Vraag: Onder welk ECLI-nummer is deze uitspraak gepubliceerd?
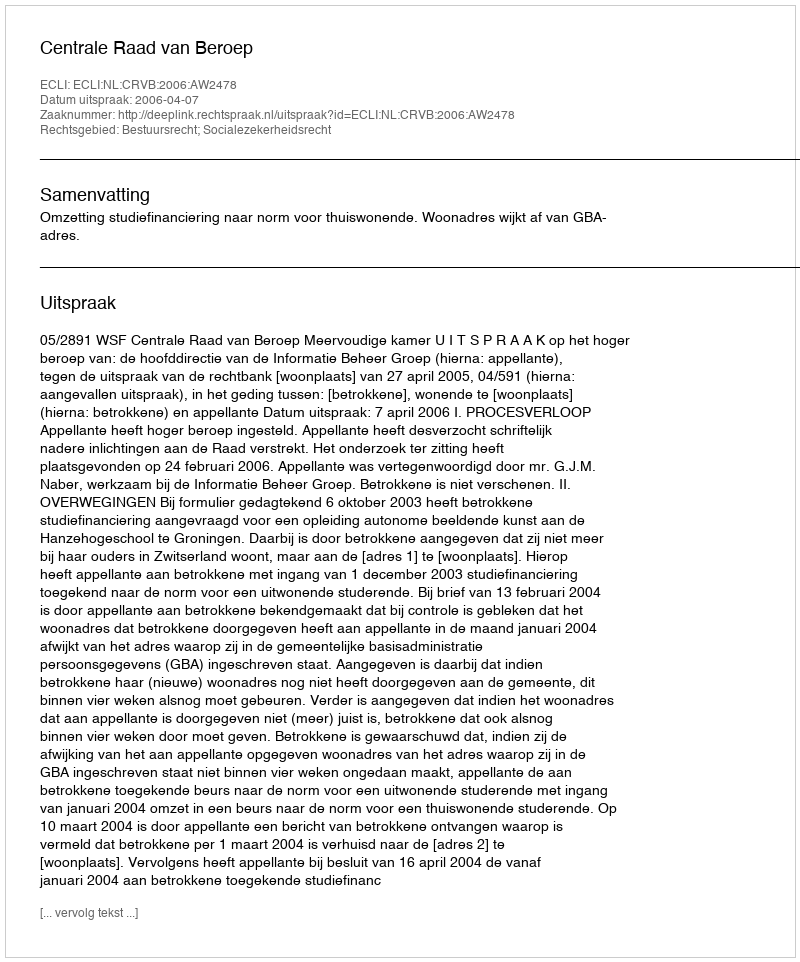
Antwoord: ECLI:NL:CRVB:2006:AW2478